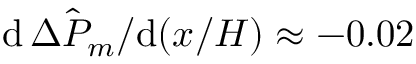
\mathrm { d } \, \hat { \Delta P _ { m } } / \mathrm { d } ( x / H ) \approx - 0 . 0 2